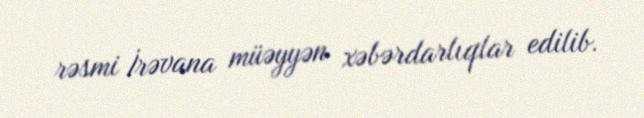
rəsmi İrəvana müəyyən xəbərdarlıqlar edilib.